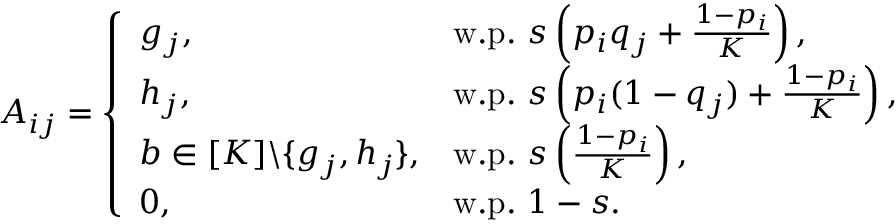
A _ { i j } = \left\{ \begin{array} { l l } { g _ { j } , } & { \mathrm { w . p . ~ } s \left( p _ { i } q _ { j } + \frac { 1 - p _ { i } } { K } \right) , } \\ { h _ { j } , } & { \mathrm { w . p . ~ } s \left( p _ { i } ( 1 - q _ { j } ) + \frac { 1 - p _ { i } } { K } \right) , } \\ { b \in [ K ] \backslash \{ g _ { j } , h _ { j } \} , } & { \mathrm { w . p . ~ } s \left( \frac { 1 - p _ { i } } { K } \right) , } \\ { 0 , } & { \mathrm { w . p . ~ } 1 - s . } \end{array} \right.